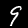
Label: 9